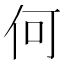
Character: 何